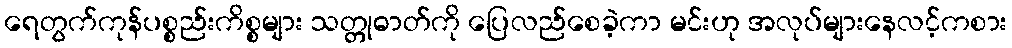
ရေတွက်ကုန်ပစ္စည်းကိစ္စများ သတ္တုဓာတ်ကို ပြေလည်စေခဲ့ကာ မင်းဟု အလုပ်များနေလင့်ကစား